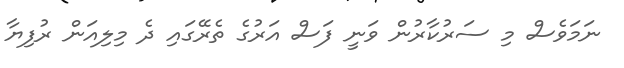
ނަމަވެސް މި ސަރުކާރުން ވަނީ ފަސް އަަރުގެ ތެރޭގައި ދެ މިލިއަން ރުފިޔާ